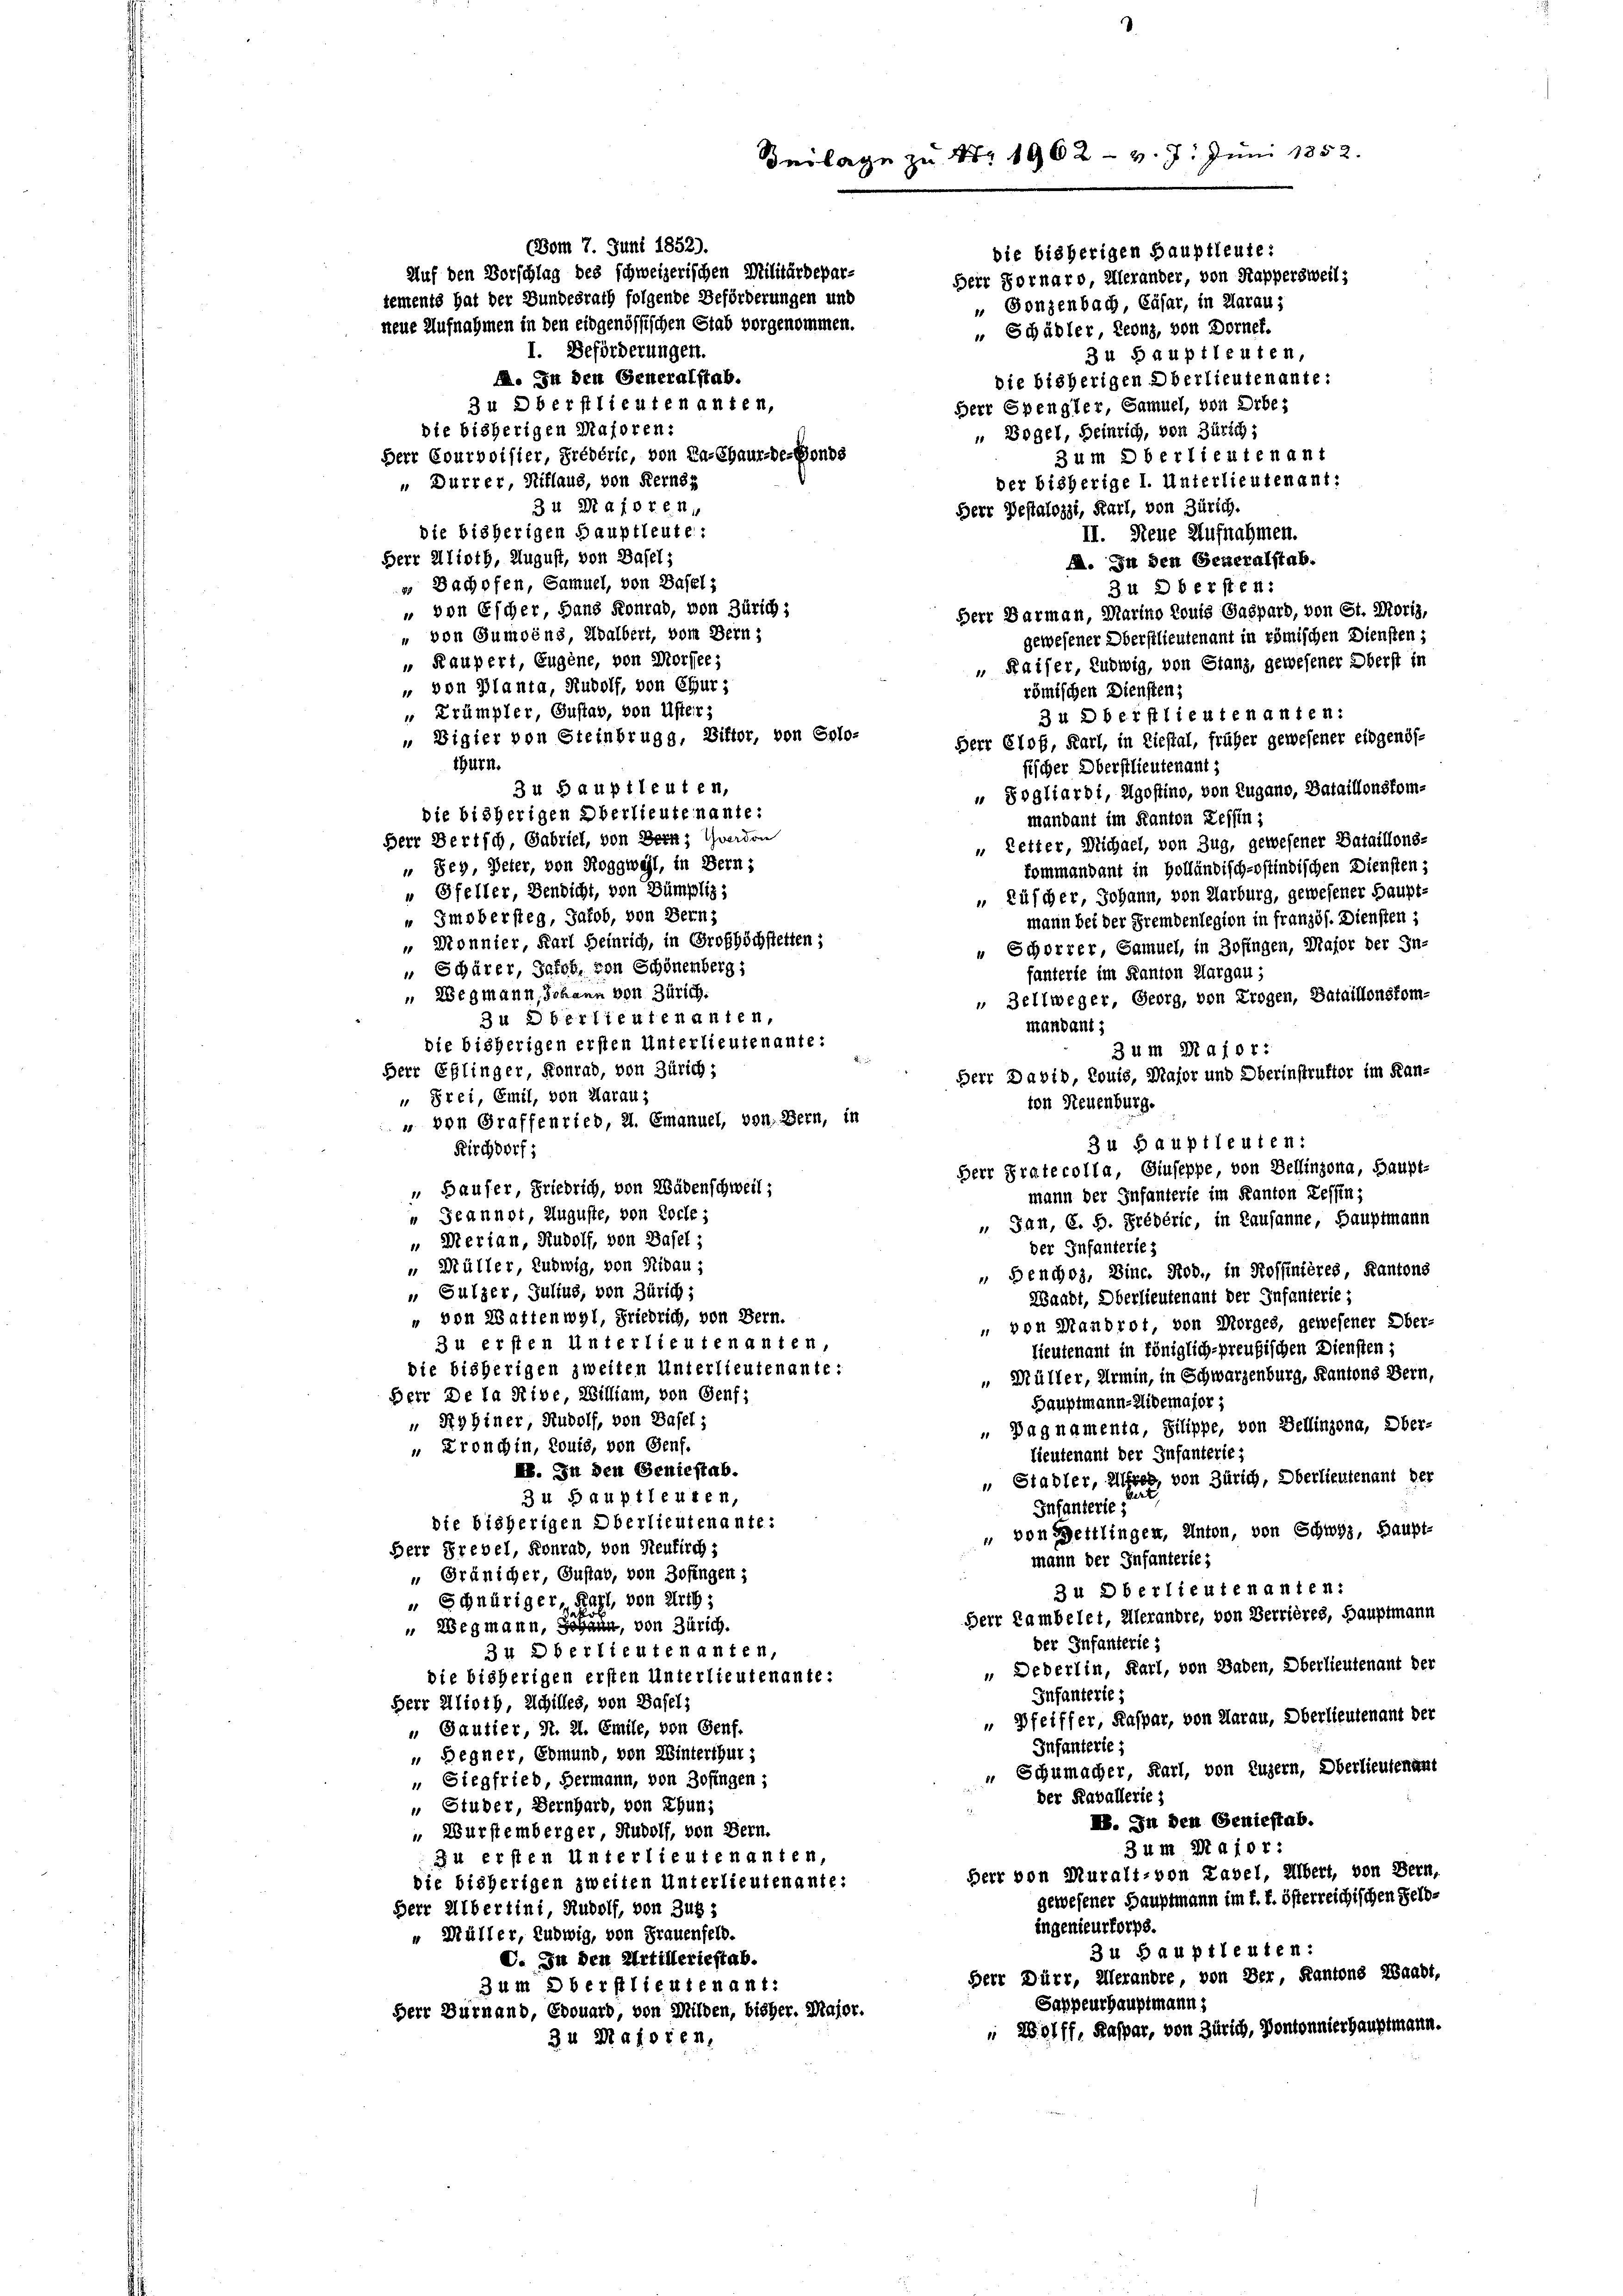
(Vom 7. Juni 1852).
Auf den Vorschlag des schweizerischen Militärdepar-
iements hat der Bundesrath folgende Beförderungen und
neue Aufnahmen in den eidgenössischen Stab vorgenommen.
I. Beförderungen.
. In den Generalstab.
die bisherigen Oberlieutenante:
3 u aberstlieutenanten,
Herr Spengler, Samuel, von Arbes
die bisherigen Majoren:
„ Vogel, Heinrich, von Zürich;
3 um 2 b er lieutenant
Herr Courvoisier, Prédéric, von Pa-Chaux-de-Fonds
"Durrer, Niklaus, von Kerneg
der bisherige I. Unterlieutenant:
3 u Majoren,
Herr Pestalozzi, Karl, von Zürich.
die bisherigen Hauptleute:
II. Neue Aufnahmen.
Herr Alioth, August, von Basel;
M. In den Generalstab.
 Bachofen, Samuel, von Basel;
34 2 b ersten:
" von Escher, Hans Konrad, von Zürich;
Herr Garmann, Marino Louis Gaspard, von St. Moriz
" von Gumoins, Adalbert, vom Bern;
gewesener Oberstlieutenant in römischen Diensten;
" Raupert, Eugene, von Morsee,
" Kaiser, Ludwig, von Stanz, gewesener Oberst in
" von Planta, Rudolf, von Chur;
römischen Dienstens
" Trümpler, Gustav, von Uster;
3 u a beistlieutenanten:
" Vigier von Steinbrugg, Wittor, von Solo-
Herr Clof, Karl, in Liestal, früher gewesener eidgenösthurn.
fischer Oberstlieutenant ;
34 Hauptleuten,
„ Sogliarbi, Agostino, von Zugano, Bataillonskomdie bisherigen Oberlieutenante:
mandant im Kanton Zessin:
Herr Bertsch, Gabriel, von Bern; Yverdon
„ Zetter, Michael, von Zug, gewesener Bataillons-
„ Sey, Peter, von Roggwyl, in Bern;
fommandant in Holländisch-stindischen Diensten;
" Gfeller, Bendicht, von Sümpliz;
„ Lüscher, Johann, von Karburg, gewesener Haupt¬
„ Imobersteg, Jakob, von Bern;
mann bei der Fremdenlegion in französ. Diensten ;
Monnier, Karl Heinrich, in Großhöchstetten;
" Schorrer, Samuel, in Zofingen, Major der In-
" Schärer, Jakob, von Schönenberg;
fanterie im Kanton Aargau;
 Wegmann, Johann von Zürich.
" Zellweger, Georg, von Trogen, Bataillonsfom-
3u aberlieutenanten,
mandant i
die bisherigen ersten Unterlieutenante:
3 um Major:
Herr Eglinger, Konrad, von Zürich;
Herr David, Louis, Major und Oberinstruktor im Kan-
" Frei, Emil, von Aarau;
ton Neuenburg.
" von Graffenried, 21. Emanuel, von Bern, in
3 u Bauptleuten:
Kirchdorf;
Herr Pratecolla, Giuseppe, von Bellinzona, Haupt-
Bäufer, Friedrich, von Wädenschweil;
mann der Infanterie im Kanton Tessin;
 Jeannot, Auguste, von Loche;
„ San, 6. H. Prédéric, in Lausanne, Hauptmann
 Merian, Rudolf, von Basel;
der Infanteries
 Müller, Ludwig, von Nidau,
 Benchor, Binc. Rod., in Rossintères, Kantons
„ Sulzer, Julius, von Zürich;
Waadt, Oberlieutenant der Infanterie;
" von Wattenwyl, Friedrich, von Bern.
 von Mandrot, von Morges, gewesener Ober-
3 u ersten Unterlieutenanten,
Lieutenant in königlich-preußischen Diensten;
die bisherigen zweiten Unterlieutenante :
„ Müller, Armin, in Schwarzenburg, Kantons Bern,
Herr De la Rive, William, von Genf;
Hauptmann-Nidemajor ;
 RyHiner, Rudolf, von Basel;
Dagnamenta, Pilippe, von Bellinzona, Ober-
„ Kronchin, Louis, von Genf.
lieutenant der Infanteries
RB. In den Geniestab.
„ Stadter, Alfred, von Zürich, Oberlieutenant der
34 Hauptleuten,
Infanterse
die bisherigen Oberlieutenante:
" von Bettlingen, Anton, von Schwyz, Haupt-
Herr Grebel, Konrad, von Neukirch,
mann der Infanterie,
" Gränicher, Gustav, von Zofingen;
3 u Oberlieutenanten:
„ Schnüriger, Ragl, von Arth;
Herr Lambelet, Alerandre, von Verrières, Hauptmann
„ Wegmann, Johann, von Zürich.
der Infanterie:
34 aber lieutenanten,
 Deberlin, Karl, von Baben, Oberlieutenant der
die bisherigen ersten Unterlieutenante:
Infanterie:
Herr Alioth, Schilles, von Basels
Pfeiffer, Kaspar, von Aarau, Oberlieutenant der
„ Gautier, S. 21. Emile, von Genf.
Infanterie;
 Begner, Ermund, von Winterthur;
" Schumacher, Karl, von Luzern, Oberlieutenant
" Siegfried, Hermann, von Zofingen;
der Raballerie s
" Studer, Bernhard, von Thun,
I. In den Geniestab.
 Wurstemberger, Rudolf, von Bern.
3 um Major:
Zu ersten Unterlieutenanten,
Herr von Muralt, von Tavel, Albert, von Bern,
die bisherigen zweiten Unterlieutenante:
gewesener Hauptmann im f. k. österreichischen Selb-
Herr Albertini, Rudolf, von Zug:
ingenieurforps.
" Müller, ludwig, von Frauenfeld.
34 Hauptleuten:
C. In den Artilleriestab.
Herr Dürr, Herandre, von Der, Kantons Waadt,
3 um 2 b er flieutenant:
Sappeurhauptmann:
Herr Dürnand, Edouard, von Milden, bisher. Major.
" 2891 ff, Kaspar, von Zürich, Vontonnierhauptmann.
34 Majoren,

Beilage zu No 1902 v. 7. Juni 1852.
bie bisherigen Hauptleute:
Herr Fornaro, Herander, von Rappersweil:

Gonzenbach, Cäsar, in Aaraus
" Schädler Leonz, von Dornef.
3 u Bauptleuten,